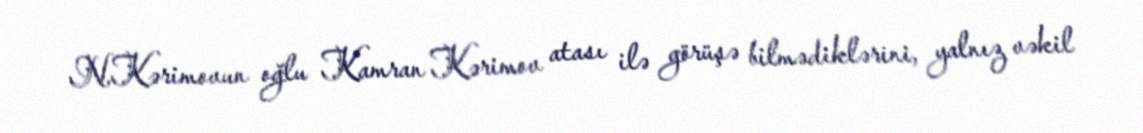
N.Kərimovun oğlu Kamran Kərimov atası ilə görüşə bilmədiklərini, yalnız vəkil